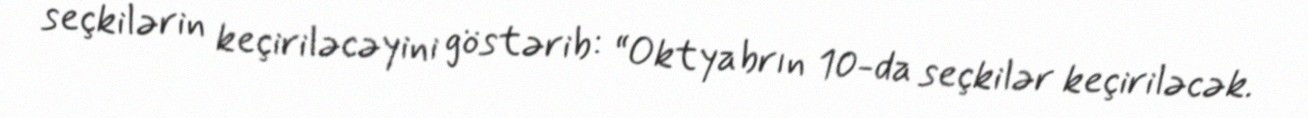
seçkilərin keçiriləcəyini göstərib: “Oktyabrın 10-da seçkilər keçiriləcək.